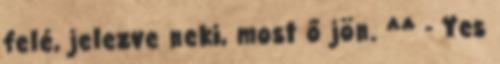
felé, jelezve neki, most ő jön. ^^ - Yes